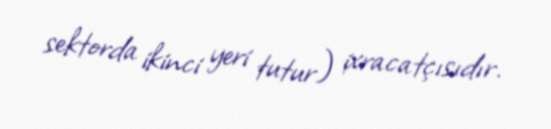
sektorda ikinci yeri tutur) ixracatçısıdır.